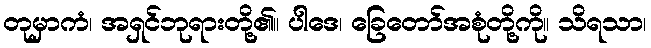
တုမှာကံ၊ အရှင်ဘုရားတို့၏။ ပါဒေ၊ ခြေတော်အစုံတို့ကို။ သိရသာ၊